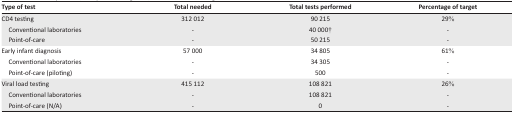
| Type of test | Total needed | Total tests performed | Percentage of target |
 | --- | --- | --- | --- |
 | CD4 testing | 312 012 | 90 215 | 29% |
 | Conventional laboratories | - | 40 000† | - |
 | Point-of-care | - | 50 215 | - |
 | Early infant diagnosis | 57 000 | 34 805 | 61% |
 | Conventional laboratories | - | 34 305 | - |
 | Point-of-care (piloting) | - | 500 | - |
 | Viral load testing | 415 112 | 108 821 | 26% |
 | Conventional laboratories | - | 108 821 | - |
 | Point-of-care (N/A) | - | 0 | - |